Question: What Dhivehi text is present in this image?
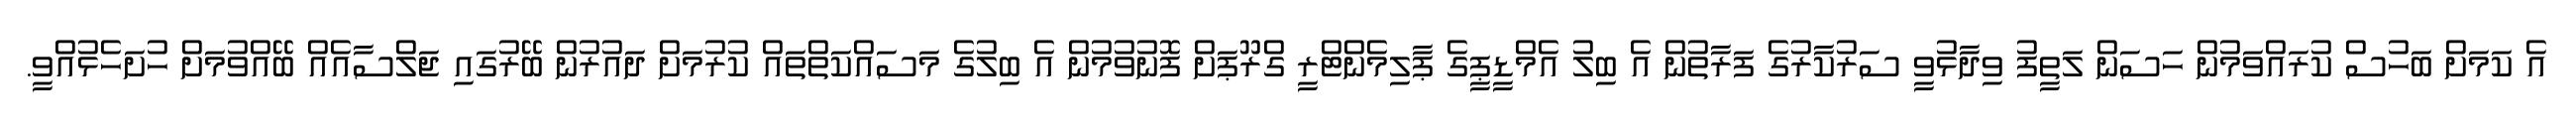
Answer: އެ ކަމަށް ބަހުސް ކުރައްވަމުން ހަސަން ލަތީފު ވިދާޅުވީ ސަރުކާރުގެ ފަރާތުން އެ ބިލު އެމްޑީޕީގެ ޕާލިމެންޓްރީ ގްރޫޕަށް ފޮނުވުމުން އެ ބިލުގެ މަސައްކަތްތައް ކުރުމަށް ދައުރުން ބޭރުގައި ޖަލްސާއެއް ބޭއްވުމަށް ހުށަހެޅުއްވީ.